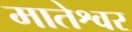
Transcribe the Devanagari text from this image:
मातेश्वर